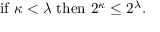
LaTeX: { \mathrm { i f ~ } } \kappa < \lambda { \mathrm { ~ t h e n ~ } } 2 ^ { \kappa } \leq 2 ^ { \lambda } .